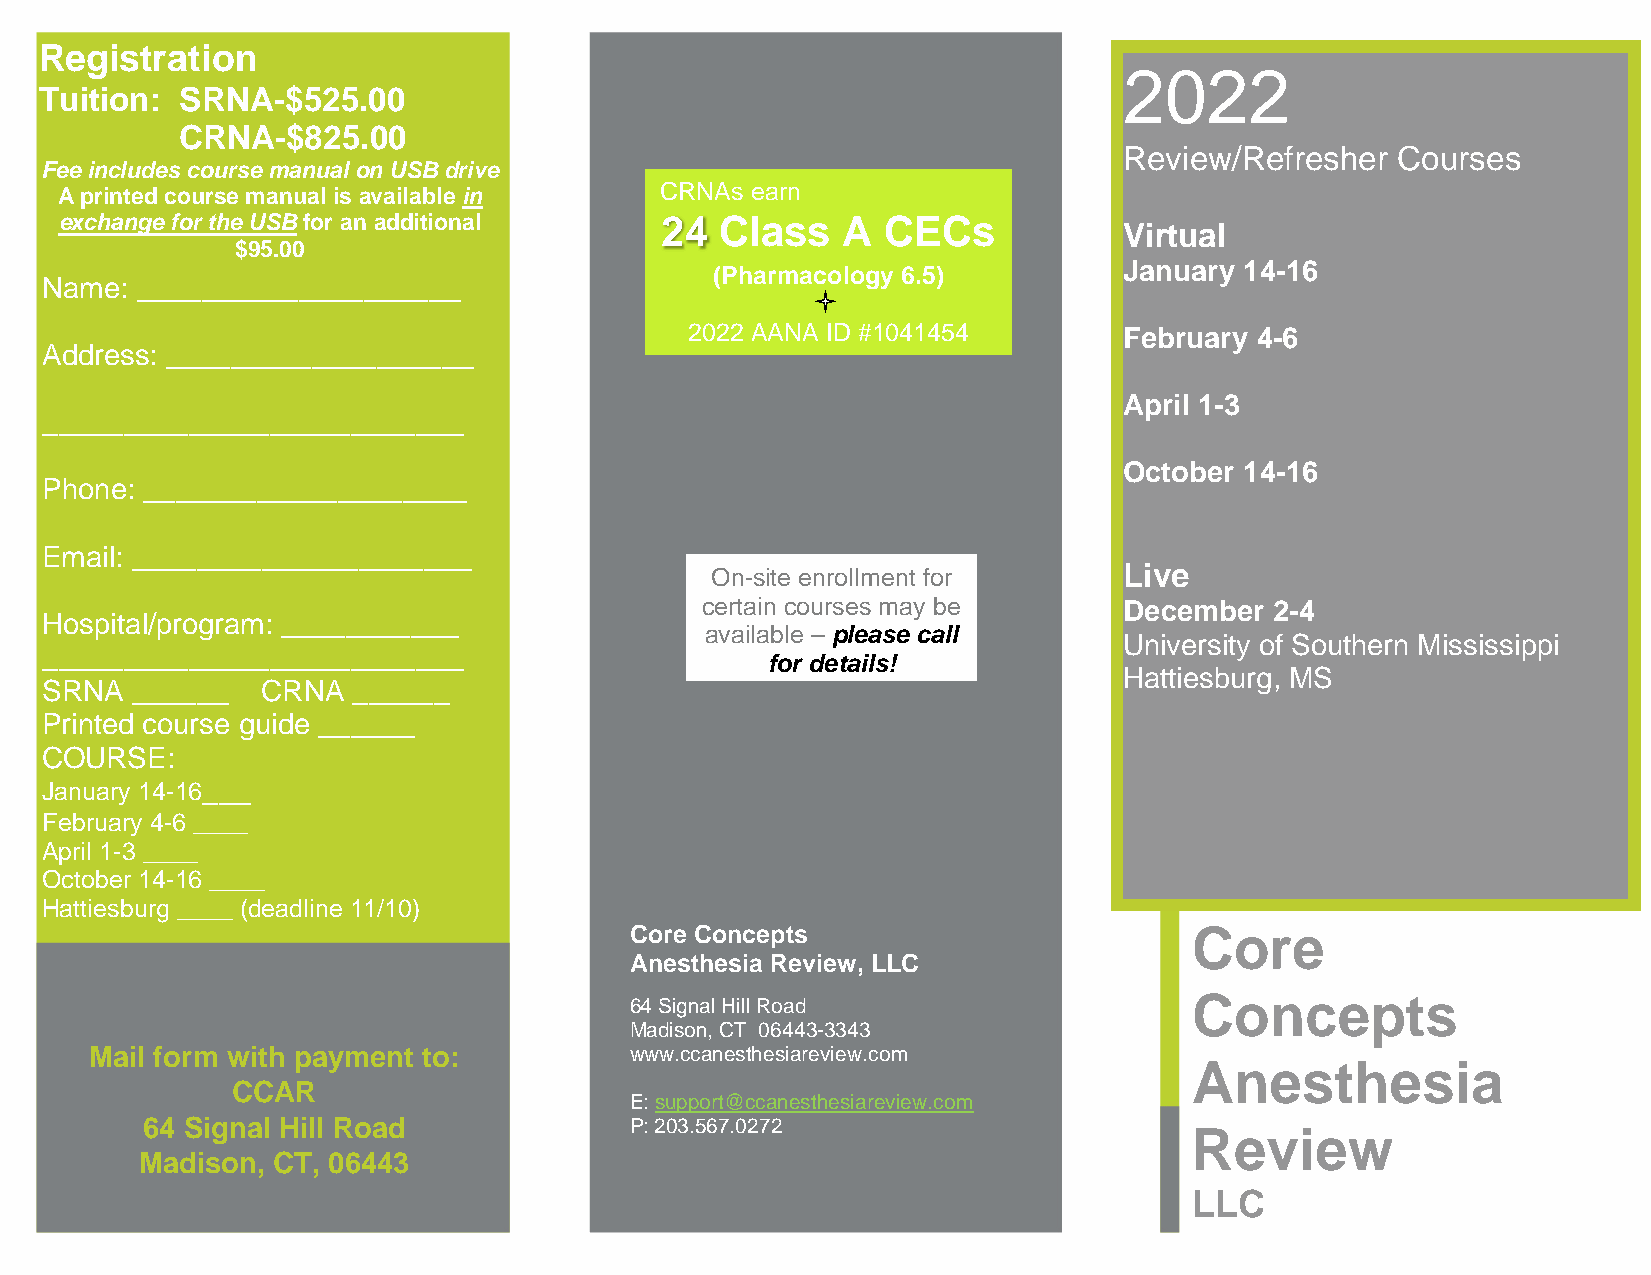
Registration
 2022
 Tuition: SRNA-$525.00
 CRNA-$825.00
 Review/Refresher  Courses
 Fee includes course manual on USB drive
 A printed course manual is available in
 CRNAs earn
 exchange for the USB for an additional  24  Class   A CECs            Virtual
 $95.00
 (Pharmacology 6.5)         January 14-16
 Name: ____________________
 2022 AANA ID #1041454       February 4-6
 Address: ___________________
 April 1-3
 __________________________
 October 14-16
 Phone: ____________________
 Email: _____________________
 On-site enrollment for     Live
 certain courses may be      December  2-4
 Hospital/program: ___________
 available – please call
 University of Southern Mississippi
 __________________________
 for details!
 Hattiesburg, MS
 SRNA  ______  CRNA  ______
 Printed course guide ______
 COURSE:
 January 14-16___
 February 4-6 ____
 April 1-3 ____
 October 14-16 ____
 Hattiesburg ____ (deadline 11/10)
 Core Concepts                        Core
 Anesthesia Review, LLC
 64 Signal Hill Road                  Concepts
 Madison, CT 06443-3343
 Mail form with payment to:          www.ccanesthesiareview.com
 Anesthesia
 CCAR
 E: support@ccanesthesiareview.com
 64 Signal Hill Road              P: 203.567.0272
 Review
 Madison, CT, 06443
 LLC